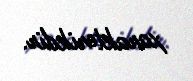
xarakterikdir.